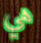
هي